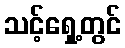
သင့်ရှေ့တွင်